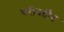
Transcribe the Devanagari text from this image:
परीवर्तीत